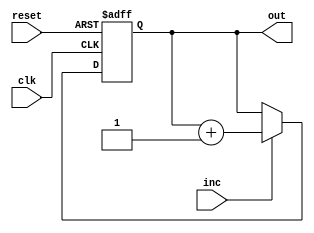
module CountA(inc, reset, clk, out);
input inc, reset, clk;
output reg [2:0] out;
always @ (posedge clk, posedge reset)
begin
    if (reset == 1)
        begin
            out = 3'b000; //put out back to 0 if reset is enabled
        end
    else
        begin
        out = (inc) ? out + 1 : out; //if true out is increased, else out stays the same   
        end
     end   
endmodule